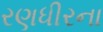
રણધીરના